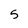
Character: 5